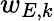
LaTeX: w_{E,k}